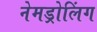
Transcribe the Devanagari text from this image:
नेमड्रोलिंग